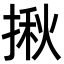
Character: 揪